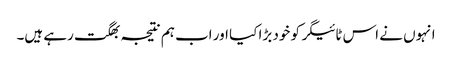
انہوں نے اس ٹائیگر کو خود بڑا کیا اور اب ہم نتیجہ بھگت رہے ہیں۔